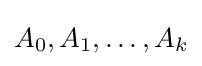
A_{0},A_{1},\dots ,A_{k}